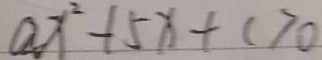
a x ^ { 2 } - 1 5 x + c > 0